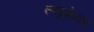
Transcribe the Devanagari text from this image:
ल्यूमेन्स